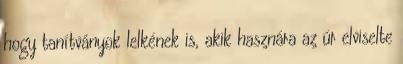
hogy tanítványok lelkének is, akik hasznára az úr elviselte